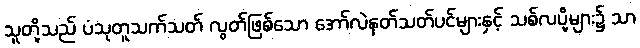
သူတို့သည် ပံသုတူသက်သတ် လွတ်ဖြစ်သော အော်လဲနတ်သတ်ပင်များနှင့် သစ်လပို့များ၌ သာ